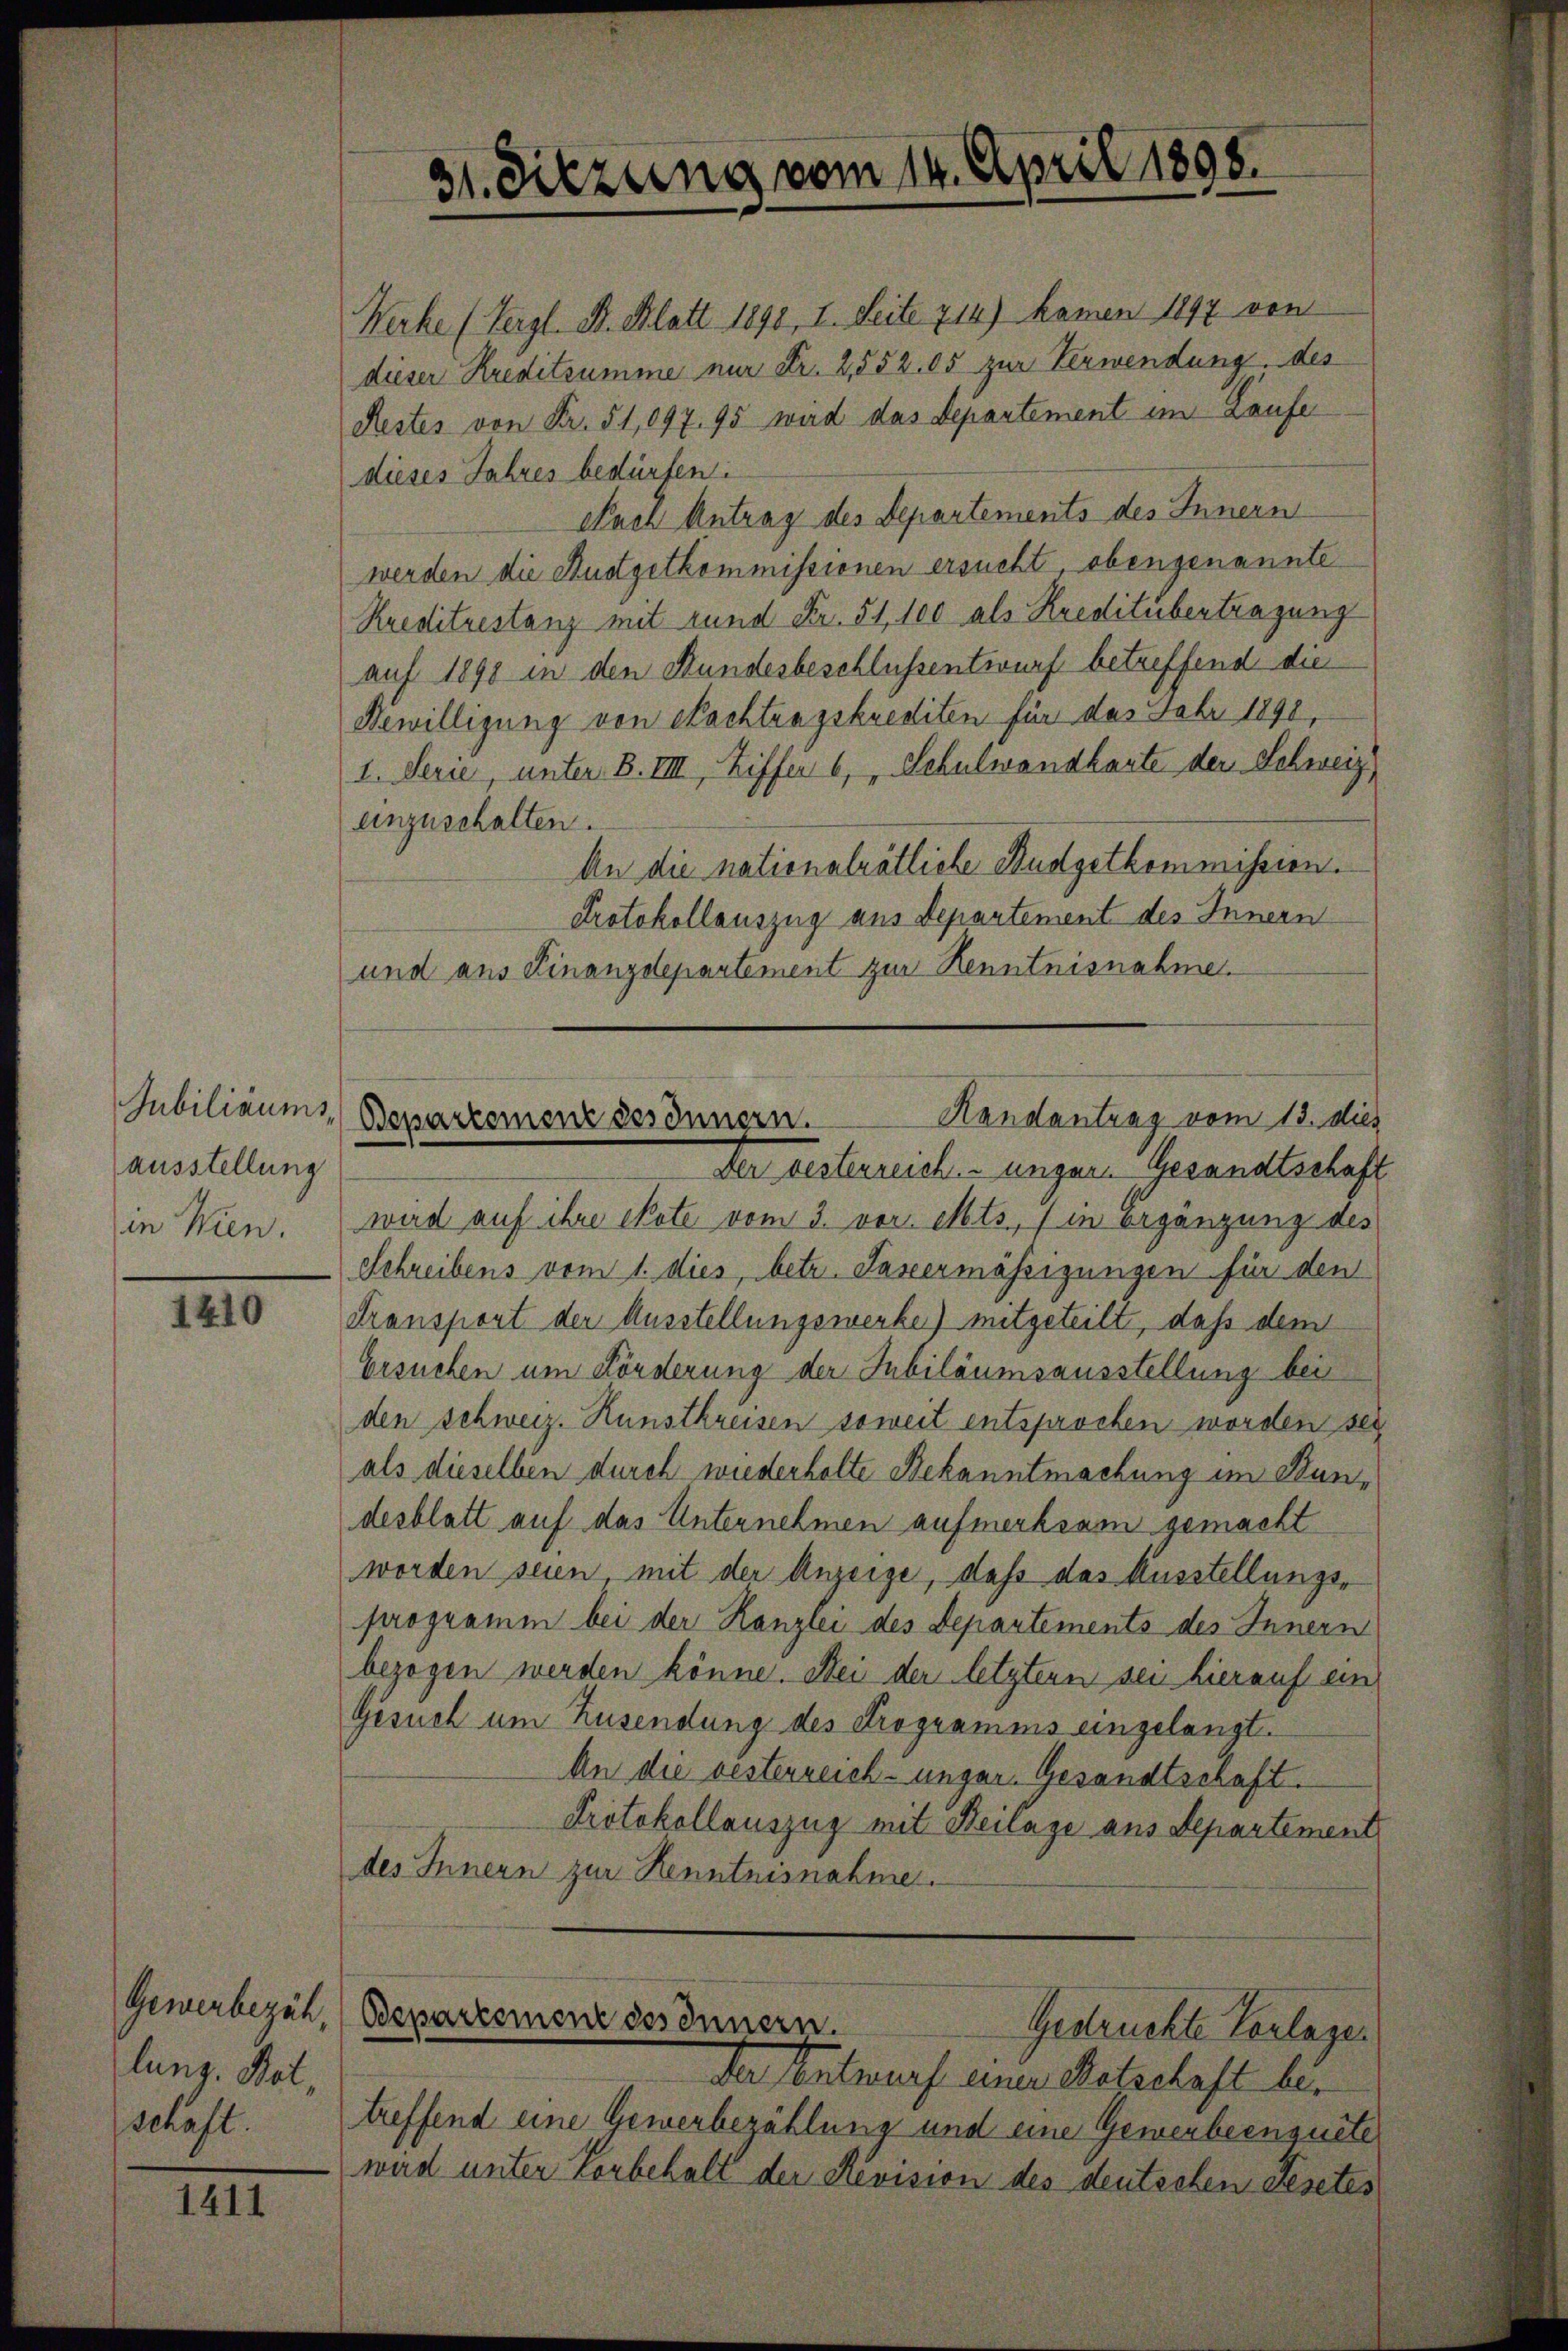
Jubiliaums,
ausstellung
in Wien.

1410

Gewerbezäh,
lung. Botschaft.

1411

Werke (Vergl. Dr. Blatt 1890, I. Seite 214) kamen 1897 von
dieser Kreditsumme nur Fr. 2,552. 05 zur Verwendung des
Restes von Fr. 51,097. 95 wird das Departement im Laufe
dieses Jahres bedürfen:
Nach Antrag des Departements des Innern
werden die Ausgetkommissionen ersucht obengenannte
Kreditrestanz mit rund Fr. 51, 100 als Kreditübertragung
auf 1898 in den Bundesbeschlussentwurf betreffend die
Bewilligung von Nachtragskrediten für das Febr 1890,
I. Serie, unter B. VIII, Ziffer 6, Schulwandkarte der Schweiz
anzuschalten.
An die nationalrätliche Budgetkommission.
Protokollauszug aus Departement des Innern
und aus Finanzdepartement zur Kenntnisnahme.
der Festerreichungen Gesandtschaft
wird auf ihre Note vom 3. vor. Mts., (in Ergänzung des
Schreibens vom 1. dies, betr. Saxermässigungen für den
Transport der Ausstellungswerke) mitgeteilt, daß dem
Ersuchen um Förderung der Jubiläumsausstellung bei
den schweiz. Kunstkreisen soweit entsprochen worden sei
als dieselben durch wiederholte Bekanntmachung im Bundesblatt auf das Unternehmen aufmerksam gemacht
worden seien, mit der Anzeige, daß das Kusstellungsprogramm bei der Kanzlei des Departements des Innern
bezogen werden könne. Bei der letzten sei hierauf ein
Gesuch um Zusendung des Programms eingelangt.
An die besterreich-ungar. Gesandtschaft.
Protokollauszug mit Beilage aus Departement
des Innern zur Kenntnisnahme.

31. Diezung vom 14. April 1898.

Handantrag vom 13. dies
Departement des Innern.

Departement des Innern.
Gestruckte Vorlage

Der Entwurf aner Retschaft betreffend eine Gewerbezählung und eine Gewerbeensuite
wird unter Vorbehalt der Revision des deutschen Gesetes